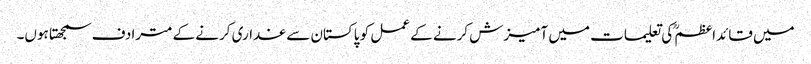
میں قائداعظمؒ کی تعلیمات میں آمیزش کرنے کے عمل کو پاکستان سے غداری کرنے کے مترادف سمجھتا ہوں۔